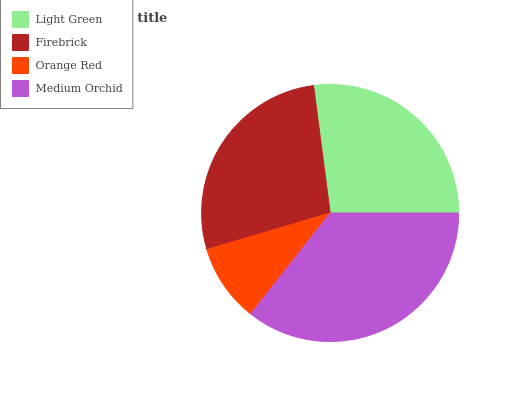
| Light Green | Firebrick | Orange Red | Medium Orchid |
 | --- | --- | --- | --- |
 | 27% | 27.5% | 9.8% | 35.6% |